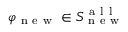
\varphi _ { \mathrm { ~ n ~ e ~ w ~ } } \in S _ { \mathrm { ~ n ~ e ~ w ~ } } ^ { \mathrm { ~ a ~ l ~ l ~ } }